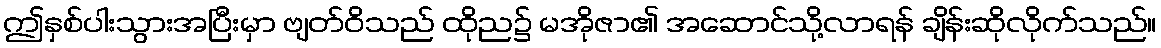
ဤနှစ်ပါးသွားအပြီးမှာ ဗျတ်ဝိသည် ထိုည၌ မအိုဇာ၏ အဆောင်သို့လာရန် ချိန်းဆိုလိုက်သည်။